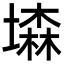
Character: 𡑓